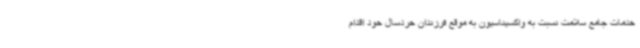
خدمات جامع سلامت نسبت به واکسیناسیون به موقع فرزندان خردسال خود اقدام